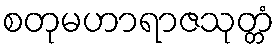
စတုမဟာရာဇသုတ္တံ